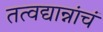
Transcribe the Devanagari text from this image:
तत्वद्यान्नांचं